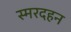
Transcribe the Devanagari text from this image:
स्मरदहन